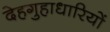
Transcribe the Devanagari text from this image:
देहगुहाधारियों